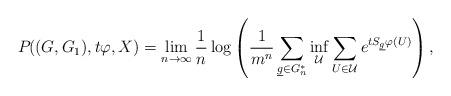
LaTeX: \begin{align*}P_{}((G,G_1),t \varphi,X)=\lim_{n\to\infty}\frac{1}{n}\log \left(\frac{1}{m^n}\sum_{{\underline g \in G_n^*}}\inf_{\mathcal{U}}\sum_{U\in\mathcal{U}}e^{tS_{\underline g}\varphi(U)} \right),\end{align*}